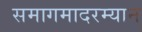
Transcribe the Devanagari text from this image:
समागमादरम्यान